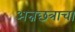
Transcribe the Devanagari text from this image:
अन्नछत्राचा